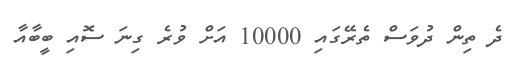
ދެ ތިން ދުވަސް ތެރޭގައި 10000 އަށް ވުރެ ގިނަ ސޮއި ބީބާއާ